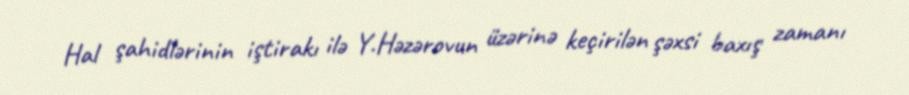
Hal şahidlərinin iştirakı ilə Y.Həzərovun üzərinə keçirilən şəxsi baxış zamanı